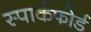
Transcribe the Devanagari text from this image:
स्पार्कफोर्ड